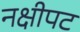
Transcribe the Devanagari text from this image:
नक्षीपट